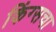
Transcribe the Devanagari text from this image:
किंग्सचा